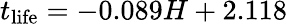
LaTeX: t_{\mathrm{life}}=-0.089H+2.118